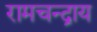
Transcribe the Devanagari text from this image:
रामचन्द्राय